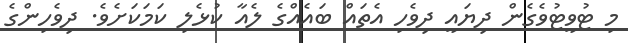
މި ޓުވީޓުވެގެން ދިޔައީ ދިވެހި އެތައް ބައެއްގެ ލެއާ ކުޅެލި ކަމަކަށެވެ. ދިވެހިންގެ